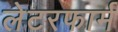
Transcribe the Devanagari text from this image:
लेटरफार्म